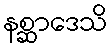
နစ္ဆာဒေသိ